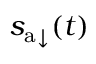
{ s _ { \mathrm { a } } } _ { \downarrow } ( t )